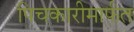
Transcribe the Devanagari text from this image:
पिचकारीमार्फत